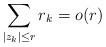
LaTeX: \begin{align*}\sum_{|z_k|\leq r}r_k=o(r)\end{align*}